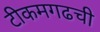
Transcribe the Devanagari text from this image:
टीकमगढची